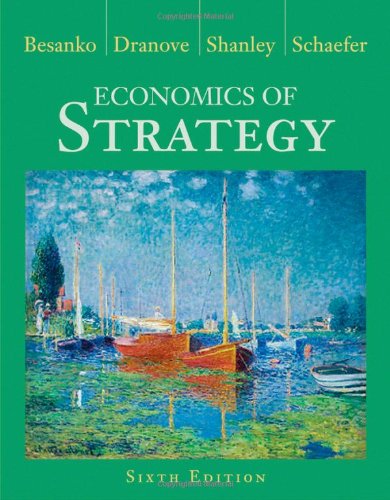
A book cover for Economics of Strategy; David Besanko; Business & Money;